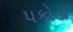
પકોડા